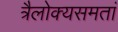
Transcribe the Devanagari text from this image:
त्रैलोक्यसमतां